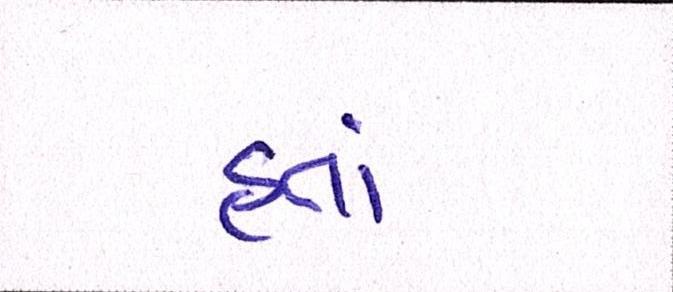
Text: હતાં